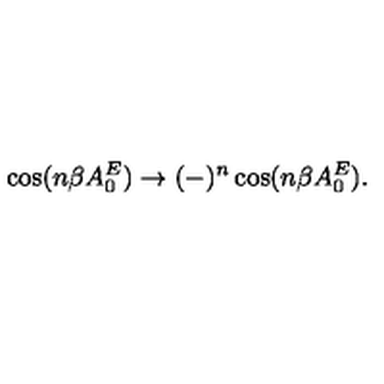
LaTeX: \cos ( n \beta A _ { 0 } ^ { E } ) \to ( - ) ^ { n } \cos ( n \beta A _ { 0 } ^ { E } ) .